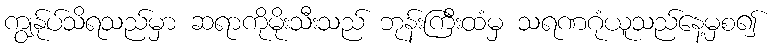
ကျွန်ုပ်သိရသည်မှာ ဆရာကိုမိုးသီးသည် ဘုန်းကြီးထံမှ သရဏဂုံယူသည်နေ့မှစ၍